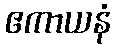
ဧကာယနံ